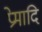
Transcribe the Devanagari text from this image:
प्रेमादि